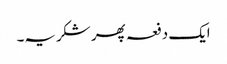
ایک دفعہ پھر شکریہ۔